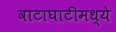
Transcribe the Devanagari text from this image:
वाटाघाटीमध्ये